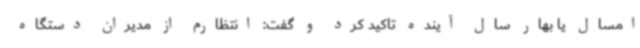
امسال یا بهار سال آینده تاکید کرد و گفت: انتظارم از مدیران دستگاه